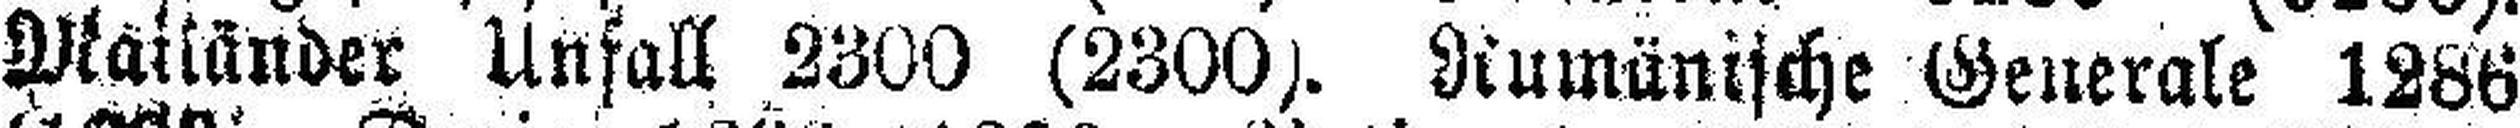
Maltänder Unfall 2300 (2300). Rumänische Generale 1286